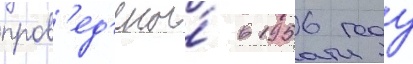
пров'ед'ены́ в 1956 году